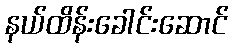
နယ်ထိန်းခေါင်းဆောင်